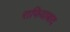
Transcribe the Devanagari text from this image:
राफियाबाद